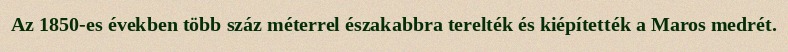
Az 1850-es években több száz méterrel északabbra terelték és kiépítették a Maros medrét.